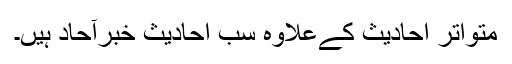
متواتر احادیث کےعلاوہ سب احادیث خبرآحاد ہیں۔